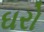
ઘરો